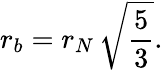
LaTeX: r_{b}=r_{N}\, \sqrt{\frac{5}{3}}.